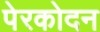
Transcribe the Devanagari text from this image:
पेरकोदन